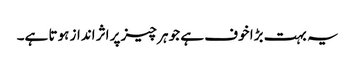
یہ بہت بڑا خوف ہے جو ہر چیز پر اثر انداز ہوتا ہے۔